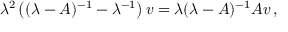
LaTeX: \lambda ^ { 2 } \left( ( \lambda - A ) ^ { - 1 } - \lambda ^ { - 1 } \right) v = \lambda ( \lambda - A ) ^ { - 1 } A v \, ,